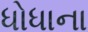
ધોધાના